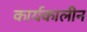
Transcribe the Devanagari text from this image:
कार्यकालीन